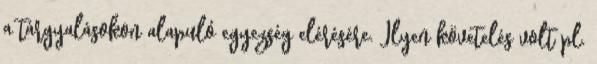
a tárgyalásokon alapuló egyezség elérésére. Ilyen követelés volt pl.